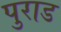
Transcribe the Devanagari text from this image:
पुराड